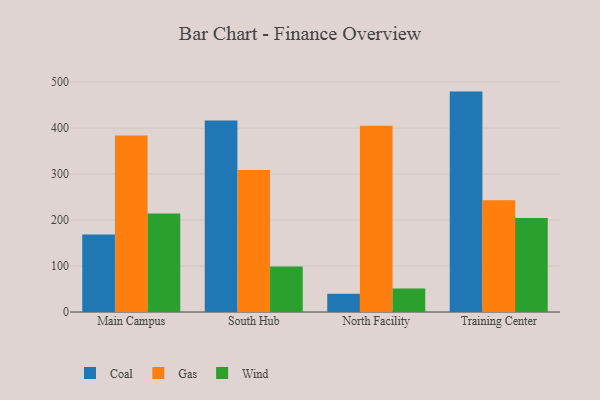
{"axis": {"x": "Campus", "y": "Page Views"}, "legend": ["Coal", "Gas", "Wind"], "data": [{"x": "Main Campus", "y": 168.6, "type": "Coal"}, {"x": "Main Campus", "y": 384.0, "type": "Gas"}, {"x": "Main Campus", "y": 214.3, "type": "Wind"}, {"x": "South Hub", "y": 416.2, "type": "Coal"}, {"x": "South Hub", "y": 308.6, "type": "Gas"}, {"x": "South Hub", "y": 98.7, "type": "Wind"}, {"x": "North Facility", "y": 39.6, "type": "Coal"}, {"x": "North Facility", "y": 405.0, "type": "Gas"}, {"x": "North Facility", "y": 51.0, "type": "Wind"}, {"x": "Training Center", "y": 479.3, "type": "Coal"}, {"x": "Training Center", "y": 243.1, "type": "Gas"}, {"x": "Training Center", "y": 204.6, "type": "Wind"}]}